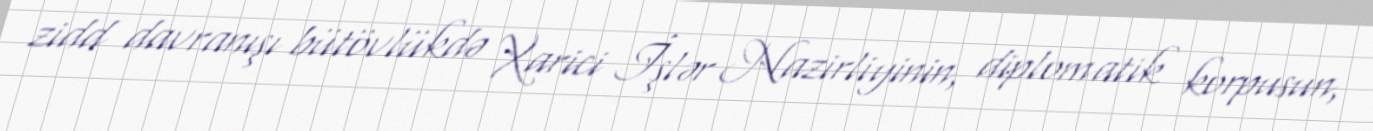
zidd davranışı bütövlükdə Xarici İşlər Nazirliyinin, diplomatik korpusun,